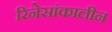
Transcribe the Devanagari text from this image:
रिनेसांकालीन